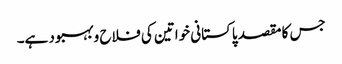
جس کا مقصد پاکستانی خواتین کی فلاح و بہبود ہے۔